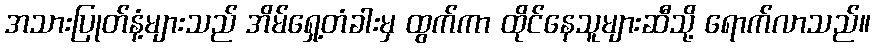
အသားပြုတ်နံ့များသည် အိမ်ရှေ့တံခါးမှ ထွက်ကာ ထိုင်နေသူများဆီသို့ ရောက်လာသည်။